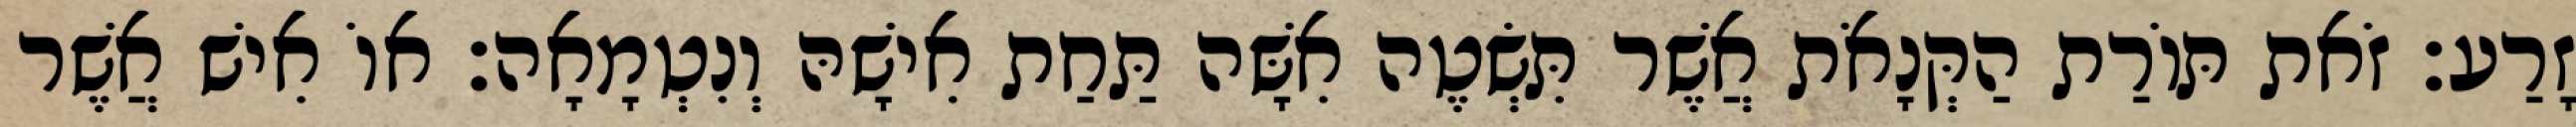
זָרַע׃ זֹאת תּוֹרַת הַקְּנָאֹת אֲשֶׁר תִּשְׂטֶה אִשָּׁה תַּחַת אִישָׁהּ וְנִטְמָאָה׃ אוֹ אִישׁ אֲשֶׁר